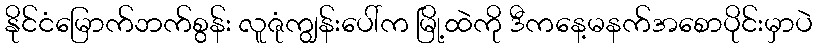
နိုင်ငံမြောက်ဘက်စွန်း လူဇုံကျွန်းပေါ်က မြို့ထဲကို ဒီကနေ့မနက်အစောပိုင်းမှာပဲ